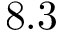
8 . 3